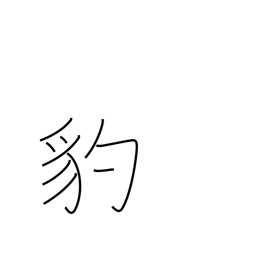
Meaning: leopard